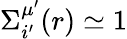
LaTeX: \Sigma_{i^{\prime}}^{\mu^{\prime}}(r)\simeq 1